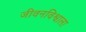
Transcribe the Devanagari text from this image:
जीवनविश्वाला